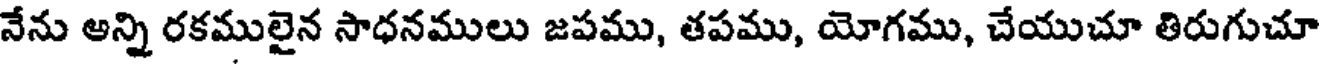
నేను అన్ని రకములైన సాధనములు జపము, తపము, యోగము, చేయుచూ తిరుగుచూ